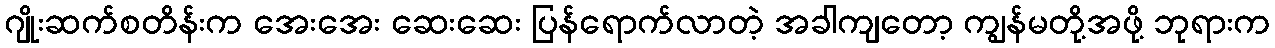
ဂျိုးဆက်စတိန်းက အေးအေး ဆေးဆေး ပြန်ရောက်လာတဲ့ အခါကျတော့ ကျွန်မတို့အဖို့ ဘုရားက